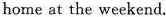
home at the weekend.